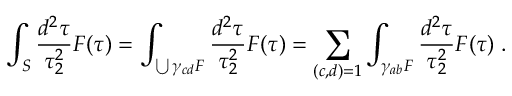
\int _ { S } \frac { d ^ { 2 } \tau } { \tau _ { 2 } ^ { 2 } } F ( \tau ) = \int _ { \bigcup \gamma _ { c d } { \cal F } } \frac { d ^ { 2 } \tau } { \tau _ { 2 } ^ { 2 } } F ( \tau ) = \sum _ { ( c , d ) = 1 } \int _ { \gamma _ { a b } { \cal F } } \frac { d ^ { 2 } \tau } { \tau _ { 2 } ^ { 2 } } F ( \tau ) \; .